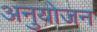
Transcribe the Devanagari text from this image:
अनुयोजन